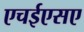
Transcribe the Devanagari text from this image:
एचईएसए